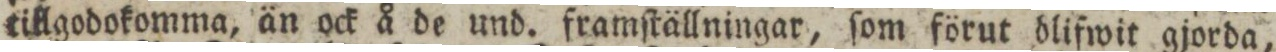
tillgodokomma, än ock å de und. framſtällningar, ſom förut blifwit gjorda,